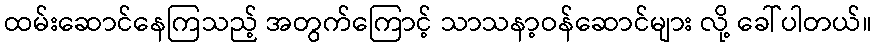
ထမ်းဆောင်နေကြသည့် အတွက်ကြောင့် သာသနာ့ဝန်ဆောင်များ လို့ ခေါ်ပါတယ်။